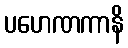
ပဟေဏကာနိ